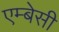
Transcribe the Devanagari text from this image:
एम्‍बेसी